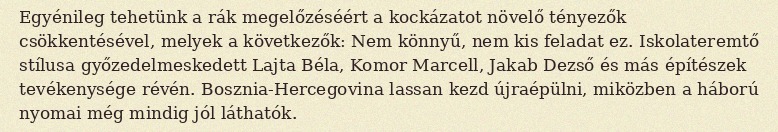
Egyénileg tehetünk a rák megelőzéséért a kockázatot növelő tényezők csökkentésével, melyek a következők: Nem könnyű, nem kis feladat ez. Iskolateremtő stílusa győzedelmeskedett Lajta Béla, Komor Marcell, Jakab Dezső és más építészek tevékenysége révén. Bosznia-Hercegovina lassan kezd újraépülni, miközben a háború nyomai még mindig jól láthatók.